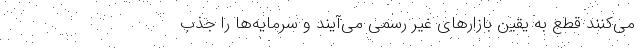
می‌کنند قطع به یقین بازار‌های غیر رسمی می‌آیند و سرمایه‌ها را جذب